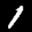
Label: 1